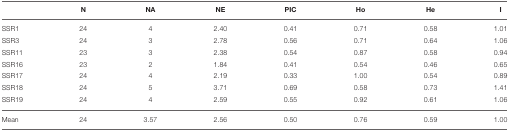
<table><thead><tr><td></td><td><b>N</b></td><td><b>NA</b></td><td><b>NE</b></td><td><b>PIC</b></td><td><b>Ho</b></td><td><b>He</b></td><td><b>I</b></td></tr></thead><tbody><tr><td>SSR1</td><td>24</td><td>4</td><td>2.40</td><td>0.41</td><td>0.71</td><td>0.58</td><td>1.01</td></tr><tr><td>SSR3</td><td>24</td><td>3</td><td>2.78</td><td>0.56</td><td>0.71</td><td>0.64</td><td>1.06</td></tr><tr><td>SSR11</td><td>23</td><td>3</td><td>2.38</td><td>0.54</td><td>0.87</td><td>0.58</td><td>0.94</td></tr><tr><td>SSR16</td><td>23</td><td>2</td><td>1.84</td><td>0.41</td><td>0.54</td><td>0.46</td><td>0.65</td></tr><tr><td>SSR17</td><td>24</td><td>4</td><td>2.19</td><td>0.33</td><td>1.00</td><td>0.54</td><td>0.89</td></tr><tr><td>SSR18</td><td>24</td><td>5</td><td>3.71</td><td>0.69</td><td>0.58</td><td>0.73</td><td>1.41</td></tr><tr><td>SSR19</td><td>24</td><td>4</td><td>2.59</td><td>0.55</td><td>0.92</td><td>0.61</td><td>1.06</td></tr><tr><td>Mean</td><td>24</td><td>3.57</td><td>2.56</td><td>0.50</td><td>0.76</td><td>0.59</td><td>1.00</td></tr></tbody></table>